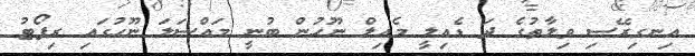
އިނގިރޭސި ވިލާތުގެ ދަ ޑެއިލީ މެއިލް ނޫހުން ބުނީ މައްސަލަ ނޫހުގައި ރިޕޯޓު